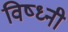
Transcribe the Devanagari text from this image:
विष्ध्नी